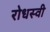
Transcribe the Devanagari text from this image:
रोधस्वी